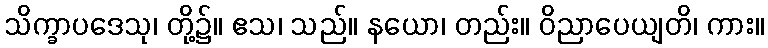
သိက္ခာပဒေသု၊ တို့၌။ ဧသ၊ သည်။ နယော၊ တည်း။ ဝိညာပေယျတိ၊ ကား။